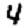
Digit: 4